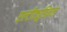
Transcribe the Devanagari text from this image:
एल्‍टीट्यूडिनल